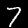
Label: 7